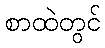
စာထဲတွင်